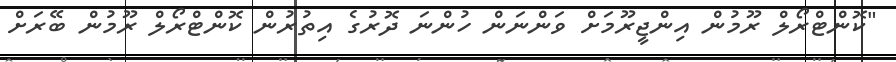
"ކޮންޓްރޯލް ރޫމުން އިންޖީރޫމަށް ވަންނަން ހުންނަ ދޮރުގެ އިތުރުން ކޮންޓްރޯލް ރޫމުން ބޭރަށް